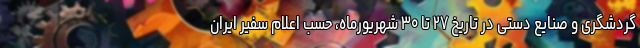
گردشگری و صنایع دستی در تاریخ ۲۷ تا ۳۰ شهریورماه، حسب اعلام سفیر ایران